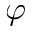
\varphi